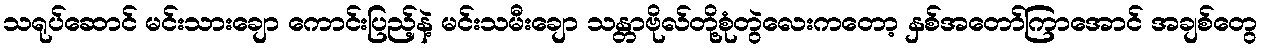
သရုပ်ဆောင် မင်းသားချော ကောင်းပြည့်နဲ့ မင်းသမီးချော သန္တာဗိုလ်တို့စုံတွဲလေးကတော့ နှစ်အတော်ကြာအောင် အချစ်တွေ